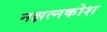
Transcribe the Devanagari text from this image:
नक्षत्नकोश